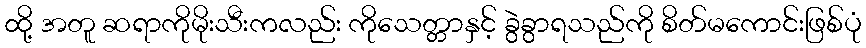
ထို့ အတူ ဆရာကိုမိုးသီးကလည်း ကိုသေတ္တာနှင့် ခွဲခွာရသည်ကို စိတ်မကောင်းဖြစ်ပုံ